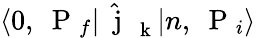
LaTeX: \langle 0,\mathrm{~\mathbf~P~}_{f}|\hat{\mathrm{~\mathbf~j~}}_{\mathrm{~\mathbf~k~}}|n,\mathrm{~\mathbf~P~}_{i}\rangle